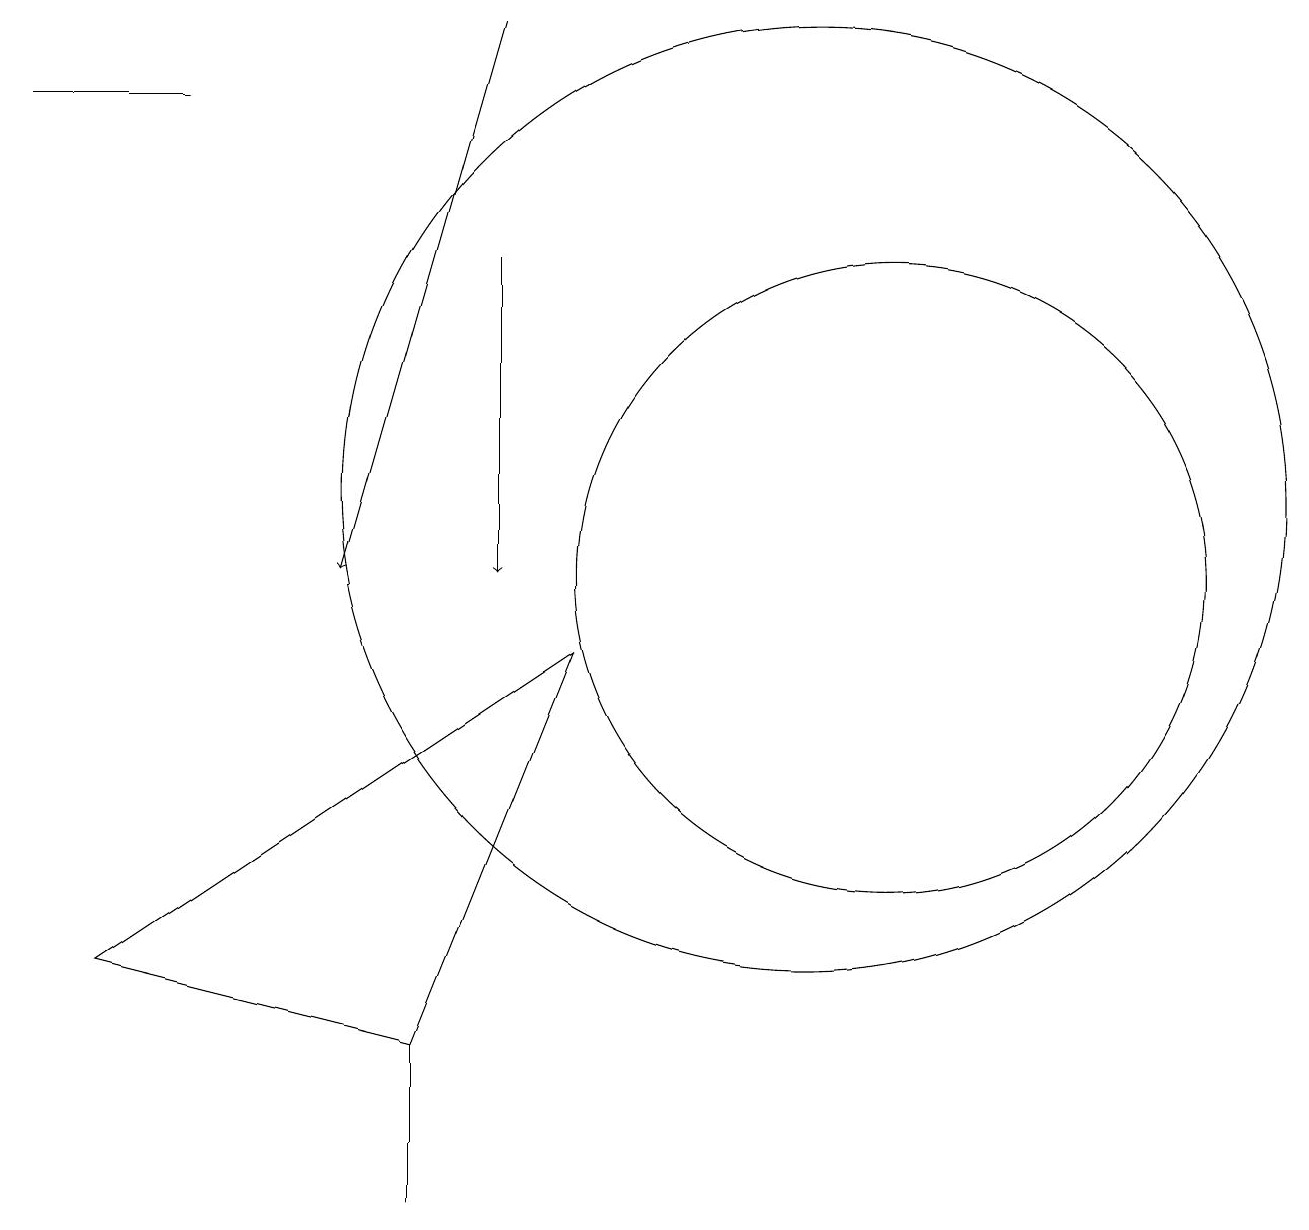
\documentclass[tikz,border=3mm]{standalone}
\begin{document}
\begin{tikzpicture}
\draw (1,16) rectangle (3,16);
\draw[->] (7,14) -- (7,10);
\draw (6,4) -- (8,9) -- (2,5) -- cycle;
\draw (11,11) circle (6);
\draw (12,10) circle (4);
\draw[->] (7,17) -- (5,10);
\draw (6,3) -- (6,2) -- (6,4) -- cycle;
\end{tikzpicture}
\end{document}